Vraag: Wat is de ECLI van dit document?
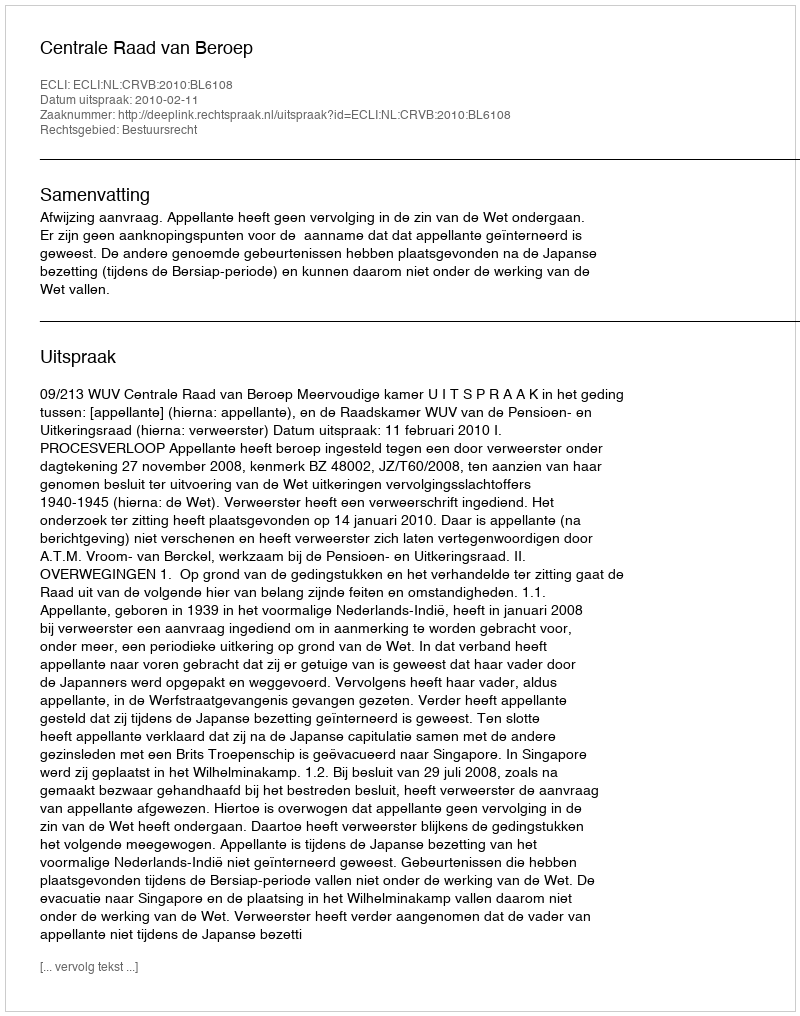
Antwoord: ECLI:NL:CRVB:2010:BL6108